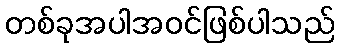
တစ်ခုအပါအဝင်ဖြစ်ပါသည်